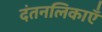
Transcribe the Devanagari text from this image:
दंतनलिकाएँ